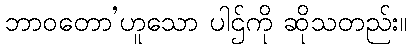
ဘာဝတော’ဟူသော ပါဌ်ကို ဆိုသတည်း။